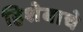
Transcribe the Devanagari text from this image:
हिशेबाचे